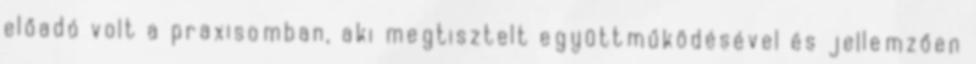
előadó volt a praxisomban, aki megtisztelt együttműködésével és jellemzően